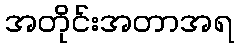
အတိုင်းအတာအရ